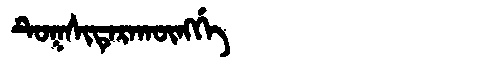
Manchu: ᡨᡠᡴᠰᡳᡨᡝᡵᠠᡴᡡᠩᡤᡝ
Romanization: TUKSITERAKŪNGGE